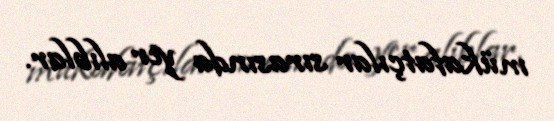
mükafatçılar sırasında yer alıblar.